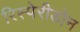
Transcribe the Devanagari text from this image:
रिस्पेरीडोन